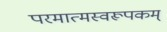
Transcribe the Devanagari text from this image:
परमात्मस्वरूपकम्